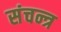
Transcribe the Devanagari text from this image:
संचन्त्र